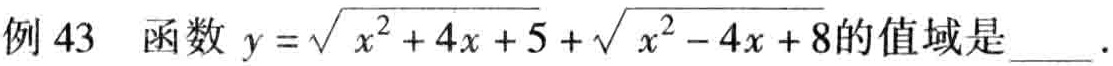
例 43  函数 \(y = \sqrt{x^{2}+4x + 5}+\sqrt{x^{2}-4x + 8}\)的值域是  。